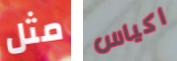
مثل اكياس